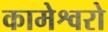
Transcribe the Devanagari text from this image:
कामेश्वरो